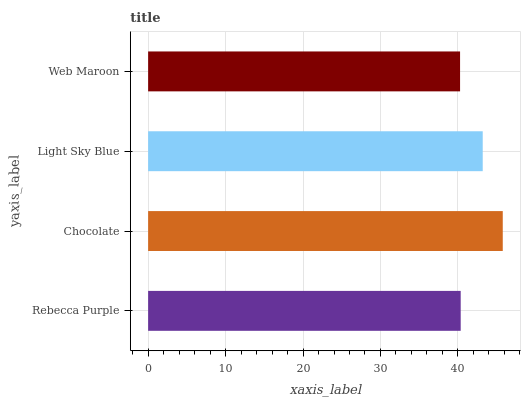
| yaxis_label | bars |
 | --- | --- |
 | Rebecca Purple | 40.4 |
 | Chocolate | 45.8 |
 | Light Sky Blue | 43.2 |
 | Web Maroon | 40.3 |